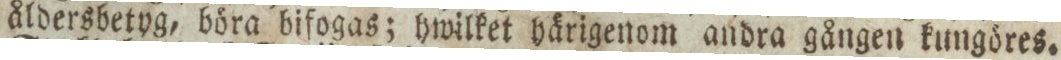
åldersbetyg, böra bifogas; hwilket härigenom andra gången kungöres.